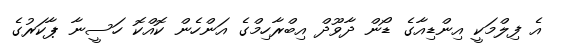
އެ ފިލްމަކީ އިންޑިއާގެ ޑޯން ދާވޫދް އިބްރާހިމްގެ އަންހެން ކޮއްކޮ ހަސީނާ ޕާކަރުގެ